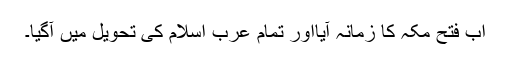
اب فتح مکہ کا زمانہ آٰیااور تمام عرب اسلام کی تحویل میں آگیا۔